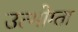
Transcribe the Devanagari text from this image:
उत्भोग्ता